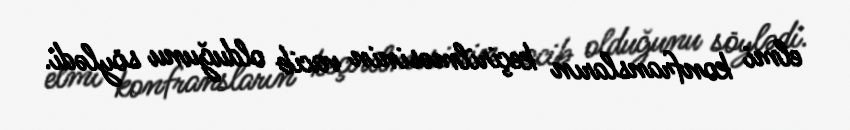
elmi konfransların keçirilməsinin vacib olduğunu söylədi.